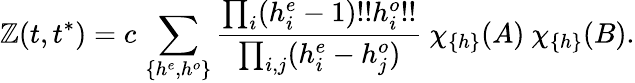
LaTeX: \mathbb{Z}(t,t^{*})=c\, \sum_{\{ h^{e},h^{o}\} }{\frac{{\prod_{i}(h_{i}^{e}-1)!!h_{i}^{o}!!}}{{\prod_{i,j}(h_{i}^{e}-h_{j}^{o})}}}~\chi_{\{ h\} }(A)~\chi_{\{ h\} }(B).